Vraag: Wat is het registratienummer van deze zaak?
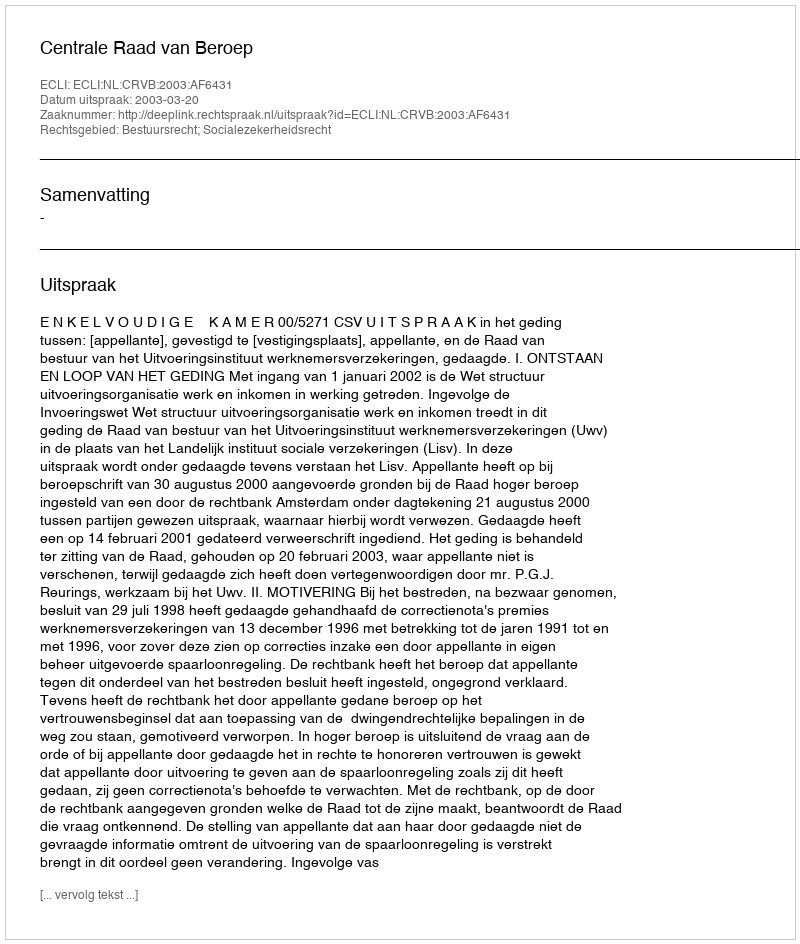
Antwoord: http://deeplink.rechtspraak.nl/uitspraak?id=ECLI:NL:CRVB:2003:AF6431